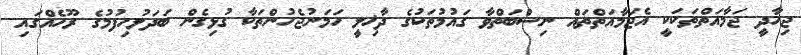
ޖިހާދީ ޖަމާއަތްތަކަކީ އެޖަމާއަތްތައް ނިސްބަތްވާ ގައުމުތަކުގެ ދާޚިލީ ހަމަނުޖެހުންތަކާ ގުޅިގެން ބަދަލުހިފުމުގެ ރޫހެއްގައި